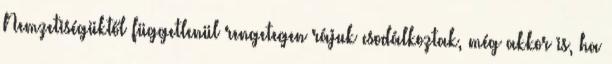
Nemzetiségüktől függetlenül rengetegen rájuk csodálkoztak, még akkor is, ha